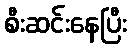
စီးဆင်းနေပြီး